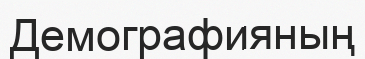
Демографияның